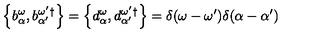
\left\{ b _ { \alpha } ^ { \omega } , b _ { \alpha ^ { \prime } } ^ { \omega ^ { \prime } } { } ^ { \dagger } \right\} = \left\{ d _ { \alpha } ^ { \omega } , d _ { \alpha ^ { \prime } } ^ { \omega ^ { \prime } } { } ^ { \dagger } \right\} = \delta ( \omega - \omega ^ { \prime } ) \delta ( \alpha - \alpha ^ { \prime } )